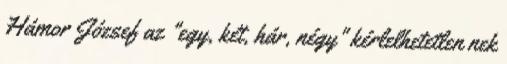
Hámor József az "egy, két, hár, négy" kérlelhetetlen nek